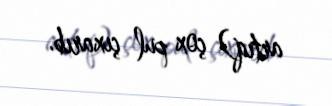
artıq) çox pul çıxarıb.